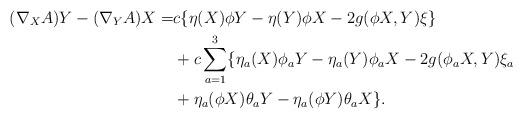
LaTeX: \begin{align*}(\nabla_X A)Y-(\nabla_Y A)X=&c\{\eta(X)\phi Y-\eta(Y)\phi X-2g(\phi X,Y)\xi\}\\&+c\sum_{a=1}^3 \{\eta_a(X)\phi_a Y-\eta_a(Y)\phi_a X -2g(\phi_a X,Y)\xi_a\\&+\eta_a(\phi X)\theta_a Y-\eta_a(\phi Y)\theta_a X\}.\end{align*}